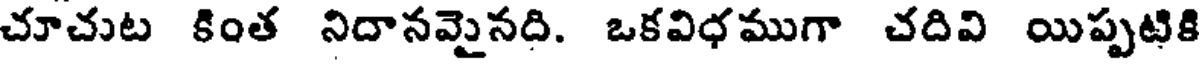
చూచుట కింత నిదానమైనది. ఒకవిధముగా చదివి యిప్పటికి